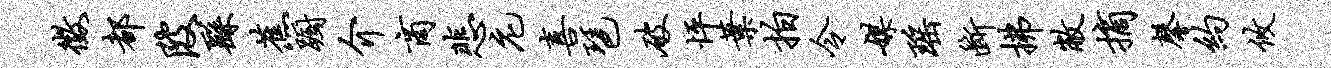
征都陂繇蕉蹰介商悲庀喜琶破怦叶拍令媒瑶断拂敝摘馨约攸